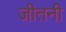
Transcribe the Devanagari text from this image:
जीतनी